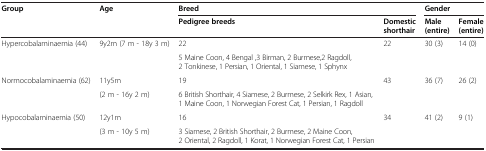
| <ROWSPAN=2> Group | <ROWSPAN=2> Age | <COLSPAN=2> Breed | <COLSPAN=2> Gender |
 | Pedigree breeds | Domestic shorthair | Male (entire) | Female (entire) |
 | --- | --- | --- | --- | --- | --- |
 | Hypercobalaminaemia (44) | 9y2m (7 m - 18y 3 m) | 22 | 22 | 30 (3) | 14 (0) |
 |  |  | 5 Maine Coon, 4 Bengal ,3 Birman, 2 Burmese,2 Ragdoll, 2 Tonkinese, 1 Persian, 1 Oriental, 1 Siamese, 1 Sphynx |  |  |  |
 | Normocobalaminaemia (62) | 11y5m | 19 | 43 | 36 (7) | 26 (2) |
 |  | (2 m - 16y 2 m) | 6 British Shorthair, 4 Siamese, 2 Burmese, 2 Selkirk Rex, 1 Asian, 1 Maine Coon, 1 Norwegian Forest Cat, 1 Persian, 1 Ragdoll |  |  |  |
 | Hypocobalaminaemia (50) | 12y1m | 16 | 34 | 41 (2) | 9 (1) |
 |  | (3 m - 10y 5 m) | 3 Siamese, 2 British Shorthair, 2 Burmese, 2 Maine Coon, 2 Oriental, 2 Ragdoll, 1 Korat, 1 Norwegian Forest Cat, 1 Persian |  |  |  |